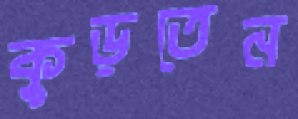
কুড়তেন